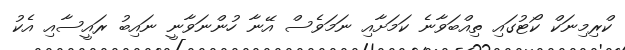
ކްރިމިނަކް ކޯޓުގައި ތިއްބަވާނެ ކަމަށާއި ނަމަވެސް އޭނާ ހުންނަވާނީ ނައިބު ރައީސާއި އެކު